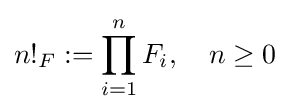
{n!}_{F}:=\prod _{i=1}^{n}F_{i},\quad n\geq 0